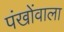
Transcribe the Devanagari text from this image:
पंखोंवाला